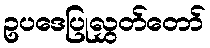
ဥပဒေပြုလွှတ်တော်